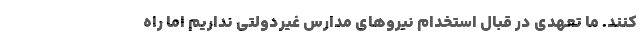
کنند. ما تعهدی در قبال استخدام نیروهای مدارس غیردولتی نداریم اما راه